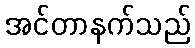
အင်တာနက်သည်